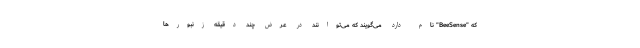
که "BeeSense" نام دارد می‌گویند که می‌توانند در عرض چند دقیقه زنبورها